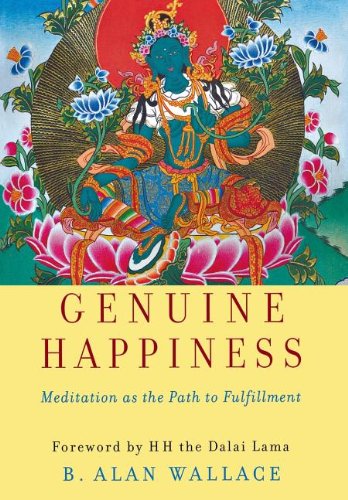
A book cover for Genuine Happiness: Meditation as the Path to Fulfillment; B.  Alan Wallace; Religion & Spirituality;